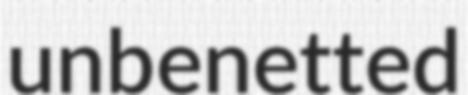
unbenetted